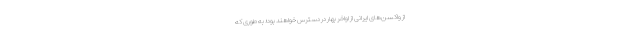
از واکسن‌های ایرانی از اواخر بهار در دسترس خواهند بود؛ به طوری که